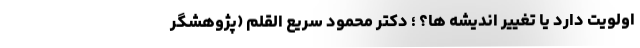
اُولویت دارد یا تغییرِ اندیشه ها؟ ؛ دکتر محمود سریع القلم (پژوهشگر